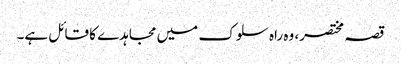
قصہ مختصر، وہ راہ سلوک میں مجاہدے کا قائل ہے۔